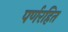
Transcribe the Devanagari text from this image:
पर्णरहित